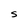
Character: S